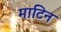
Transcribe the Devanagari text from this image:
माटिन